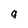
Character: a